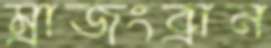
ম্রাজংব্রান